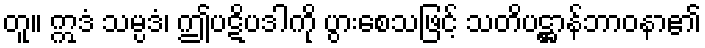
တူ။ ဣဒံ သမ္ပဒံ၊ ဤပဋိပဒါကို ပွားစေသဖြင့် သတိပဋ္ဌာန်ဘာဝနာ၏